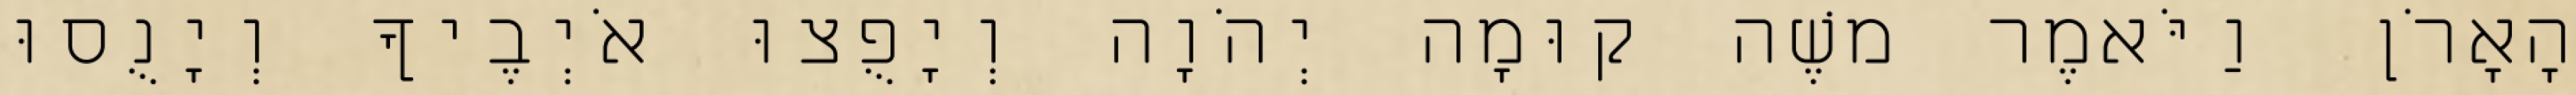
הָאָרֹן וַיֹּאמֶר משֶׁה קוּמָה יְהֹוָה וְיָפֻצוּ אֹיְבֶיךָ וְיָנֻסוּ